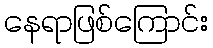
နေရာဖြစ်ကြောင်း